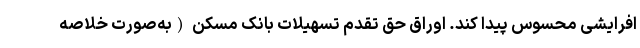
افرایشی محسوس پیدا کند. اوراق حق تقدم تسهیلات بانک مسکن (به‌صورت خلاصه